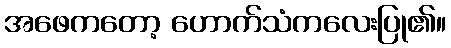
အဖေကတော့ ဟောက်သံကလေးပြု၏။